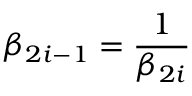
\beta _ { 2 i - 1 } = \frac { 1 } { \beta _ { 2 i } }